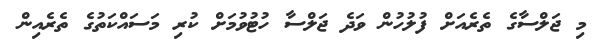
މި ޖަލްސާގެ ތެރެއަށް ފުލުހުން ވަދެ ޖަލްސާ ހުޓުވުމަށް ކުރި މަސައްކަތުގެ ތެރެއިން